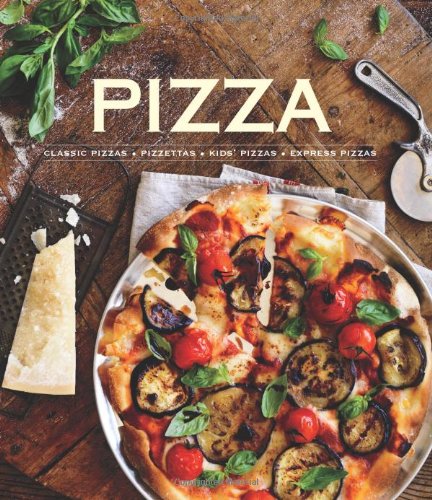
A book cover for Pizza: Classic Pizzas, Pizettas, Kids' Pizzas, Express Pizzas; Pamela Clark; Cookbooks, Food & Wine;